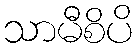
သာမီစိပိ